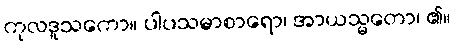
ကုလဒူသကော။ ပါပသမာစာရော၊ အာယသ္မတော၊ ၏။